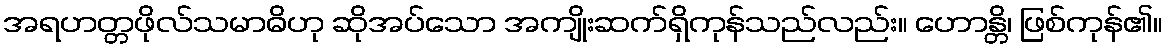
အရဟတ္တဖိုလ်သမာဓိဟု ဆိုအပ်သော အကျိုးဆက်ရှိကုန်သည်လည်း။ ဟောန္တိ၊ ဖြစ်ကုန်၏။